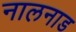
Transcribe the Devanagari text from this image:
नालनाड